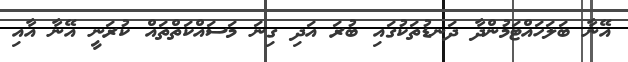
އޭނާ ބަލަހައްޓަމުންދާ ދަނޑުތަކުގައި ބުރަ އަދި ގިނަ މަސައްކަތްތައް ކުރަނީ އޭނާ އާއި